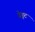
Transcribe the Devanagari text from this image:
ब्रेड्नट